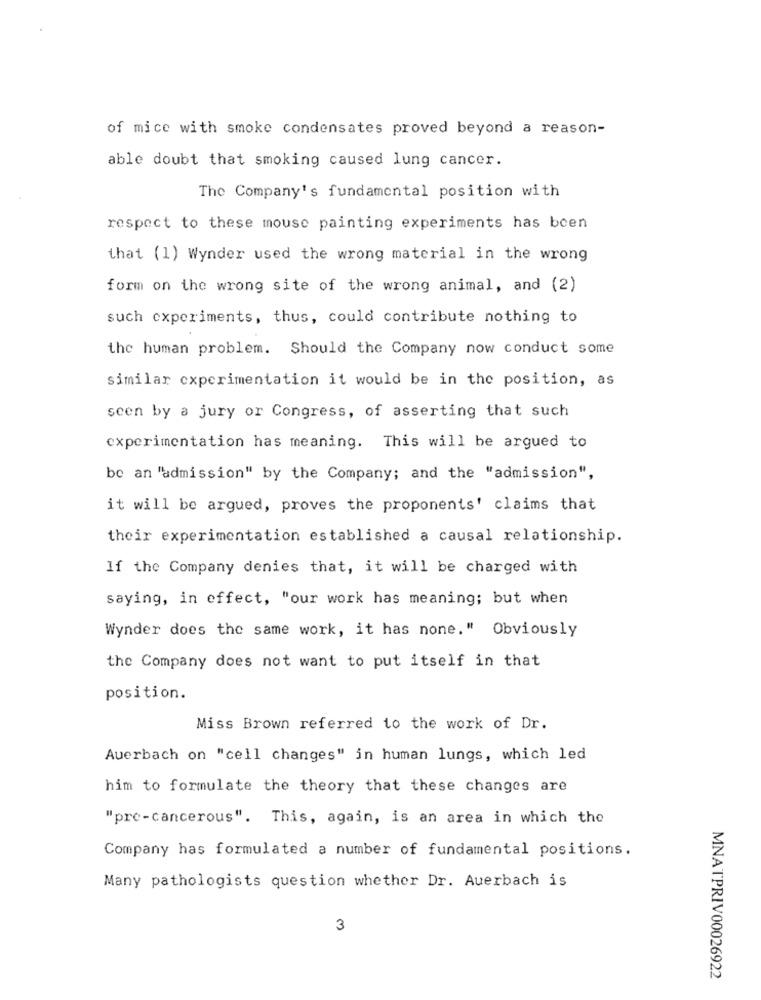
of mice with smoke condensates proved beyond a reason-
able doubt that smoking caused lung cancer.
The Company's fundamental position with
respect to these mouse painting experiments has been
that (1) Wynder used the wrong material in the wrong
form on the wrong site of the wrong animal, and (2)
such experiments, thus, could contribute nothing to
the human problem. Should the Company now conduct some
similar experimentation it would be in the position, as
scen by a jury or Congress, of asserting that such
experimentation has meaning. This will be argued to
be an "admission" by the Company; and the "admission",
it will be argued, proves the proponents' claims that
their experimentation established a causal relationship.
If the Company denies that, it will be charged with
saying, in effect, "our work has meaning; but when
Wynder does the same work, it has none." Obviously
the Company does not want to put itself in that
position.
Miss Brown referred to the work of Dr.
Auerbach on "cell changes" in human lungs, which led
him to formulate the theory that these changes are
"pre-cancerous". This, again, is an area in which the
Company has formulated a number of fundamental positions.
Many pathologists question whether Dr. Auerbach is
3
MNATPRIV00026922